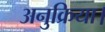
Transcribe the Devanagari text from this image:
अनुक्रिया।